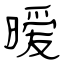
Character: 暧